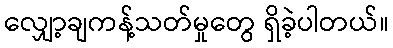
လျှော့ချကန့်သတ်မှုတွေ ရှိခဲ့ပါတယ်။